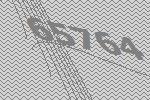
65764